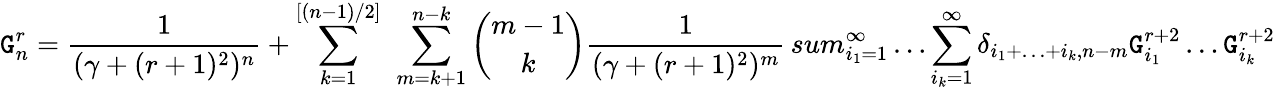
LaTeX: \mathtt{G}_{n}^{r}=\frac{{1}}{{(\gamma+(r+1)^{2})^{n}}}+\sum_{k=1}^{[(n-1)/2]}\ \sum_{m=k+1}^{n-k}{\binom{m-1}{k}}\frac{{1}}{{(\gamma+(r+1)^{2})^{m}}}\, sum_{i_{1}=1}^{\infty}\ldots\sum_{i_{k}=1}^{\infty}\delta_{i_{1}+\ldots+i_{k},n-m}\mathtt{G}_{i_{1}}^{r+2}\ldots\mathtt{G}_{i_{k}}^{r+2}